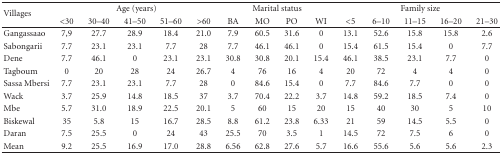
<table><thead><tr><td rowspan="2"><b>Villages</b></td><td colspan="5"><b>Age (years)</b></td><td colspan="4"><b>Marital status</b></td><td colspan="5"><b>Family size</b></td></tr><tr><td><b>&lt;30</b></td><td><b>30–40</b></td><td><b>41–50</b></td><td><b>51–60</b></td><td><b>&gt;60</b></td><td><b>BA</b></td><td><b>MO</b></td><td><b>PO</b></td><td><b>WI</b></td><td><b>&lt;5</b></td><td><b>6–10</b></td><td><b>11–15</b></td><td><b>16–20</b></td><td><b>21–30</b></td></tr></thead><tbody><tr><td>Gangassaao</td><td>7,9</td><td>27.7</td><td>28.9</td><td>18.4</td><td>21.0</td><td>7.9</td><td>60.5</td><td>31.6</td><td>0</td><td>13.1</td><td>52.6</td><td>15.8</td><td>15.8</td><td>2.6</td></tr><tr><td>Sabongarii</td><td>7.7</td><td>23.1</td><td>23.1</td><td>7.7</td><td>28</td><td>7.7</td><td>46.1</td><td>46.1</td><td>0</td><td>15.4</td><td>61.5</td><td>15.4</td><td>0</td><td>7.7</td></tr><tr><td>Dene</td><td>7.7</td><td>46.1</td><td>0</td><td>23.1</td><td>23.1</td><td>30.8</td><td>30.8</td><td>20.1</td><td>15.4</td><td>46.1</td><td>38.5</td><td>23.1</td><td>7.7</td><td>0</td></tr><tr><td>Tagboum</td><td>0</td><td>20</td><td>28</td><td>24</td><td>26.7</td><td>4</td><td>76</td><td>16</td><td>4</td><td>20</td><td>72</td><td>4</td><td>4</td><td>0</td></tr><tr><td>Sassa Mbersi</td><td>7.7</td><td>23.1</td><td>23.1</td><td>7.7</td><td>28</td><td>0</td><td>84.6</td><td>15.4</td><td>0</td><td>7.7</td><td>84.6</td><td>7.7</td><td>0</td><td>0</td></tr><tr><td>Wack</td><td>3.7</td><td>25.9</td><td>14.8</td><td>18.5</td><td>37</td><td>3.7</td><td>70.4</td><td>22.2</td><td>3.7</td><td>14.8</td><td>59.2</td><td>18.5</td><td>7.4</td><td>0</td></tr><tr><td>Mbe</td><td>5.7</td><td>31.0</td><td>18.9</td><td>22.5</td><td>20.1</td><td>5</td><td>60</td><td>15</td><td>20</td><td>15</td><td>40</td><td>30</td><td>5</td><td>10</td></tr><tr><td>Biskewal</td><td>35</td><td>5.8</td><td>15</td><td>16.7</td><td>28.5</td><td>8.8</td><td>61.2</td><td>23.8</td><td>6.33</td><td>21</td><td>59</td><td>14.5</td><td>5.5</td><td>0</td></tr><tr><td>Daran</td><td>7.5</td><td>25.5</td><td>0</td><td>24</td><td>43</td><td>25.5</td><td>70</td><td>3.5</td><td>1</td><td>14.5</td><td>72</td><td>7.5</td><td>6</td><td>0</td></tr><tr><td>Mean</td><td>9.2</td><td>25.5</td><td>16.9</td><td>17.0</td><td>28.8</td><td>6.56</td><td>62.8</td><td>27.6</td><td>5.7</td><td>16.6</td><td>55.6</td><td>5.6</td><td>5.6</td><td>2.3</td></tr></tbody></table>